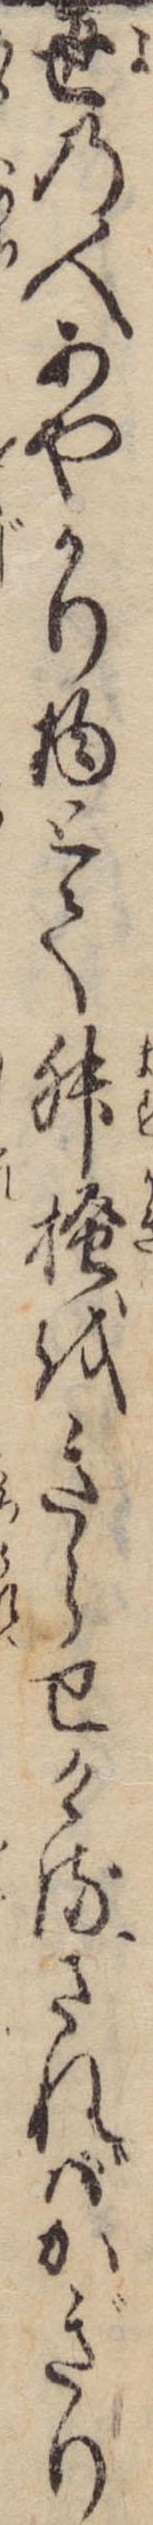
世の人あやかり物とて舛掻をきらせけるさればかぎり